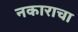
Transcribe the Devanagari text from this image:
नकाराचा